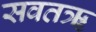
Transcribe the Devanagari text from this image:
सवतॠ